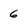
Character: 6